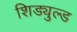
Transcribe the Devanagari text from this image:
शिड्युल्ड